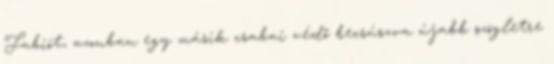
Fabiót, azonban egy másik csabai védő becsúszva újabb szögletre